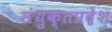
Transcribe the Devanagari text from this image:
संयुक्तप्रदेश